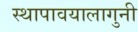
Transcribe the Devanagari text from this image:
स्थापावयालागुनी